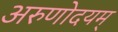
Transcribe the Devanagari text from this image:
अरुणोदयम्